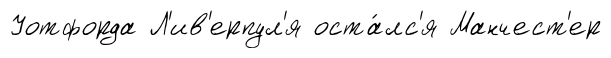
Уотфорда Л'ив'ерпул'я оста́лс'я Манчест'ер